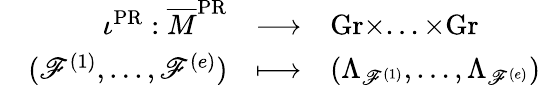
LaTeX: \begin{array}{lrcl}&{\iota^{\mathrm{PR}}:\overline{{M}}^{\mathrm{PR}}}&{\longrightarrow}&{\mathrm{Gr}\times...\times\mathrm{Gr}}\\ &{(\mathscr{F}^{(1)},...,\mathscr{F}^{(e)})}&{\longmapsto}&{(\Lambda_{\mathscr{F}^{(1)}},\dots,\Lambda_{\mathscr{F}^{(e)}})}\end{array}